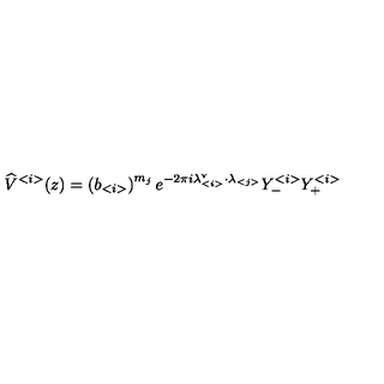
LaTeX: \widehat { V } ^ { < i > } ( z ) = \left( b _ { < i > } \right) ^ { m _ { j } } e ^ { - 2 \pi i \lambda _ { < i > } ^ { \mathrm { v } } \cdot \lambda _ { < j > } } Y _ { - } ^ { < i > } Y _ { + } ^ { < i > }